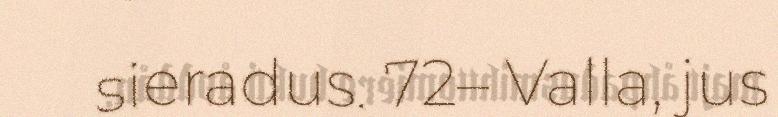
sieradus. 72– Valla, jus